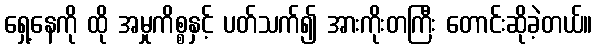
ရှေ့နေကို ထို အမှုကိစ္စနှင့် ပတ်သက်၍ အားကိုးတကြီး တောင်းဆိုခဲ့တယ်။